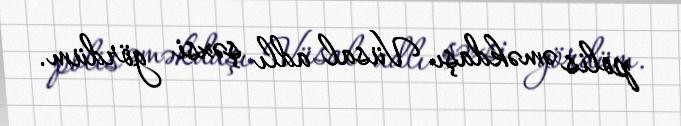
polis əməkdaşı Vüsal adlı şəxsi gördüm.